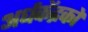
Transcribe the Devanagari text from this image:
अर्धकेंद्रकों